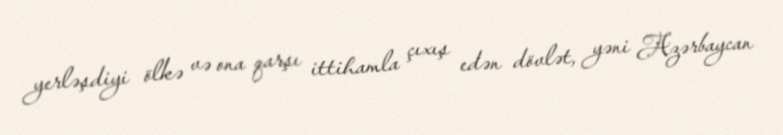
yerləşdiyi ölkə və ona qarşı ittihamla çıxış edən dövlət, yəni Azərbaycan